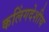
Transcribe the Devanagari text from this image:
कलिंगदेशीय